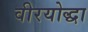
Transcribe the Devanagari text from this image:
वीरयोद्धा